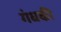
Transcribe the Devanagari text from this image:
गंधकी